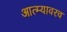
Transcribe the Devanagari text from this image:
आत्म्यावरच